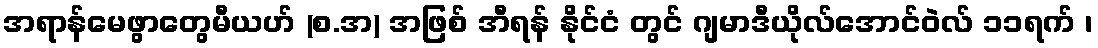
အရာန်မေဖွာတွေမီယဟ် (စ.အ) အဖြစ် အီရန် နိုင်ငံ တွင် ဂျမာဒီယိုလ်အောင်ဝဲလ် ၁၁ရက် ၊